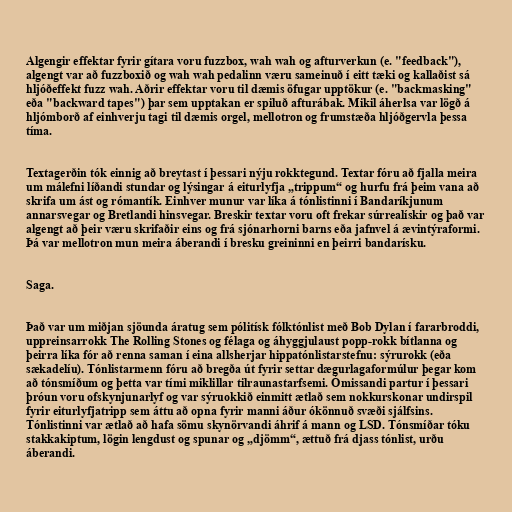
Algengir effektar fyrir gítara voru fuzzbox, wah wah og afturverkun (e. "feedback"),
algengt var að fuzzboxið og wah wah pedalinn væru sameinuð í eitt tæki og kallaðist sá
hljóðeffekt fuzz wah. Aðrir effektar voru til dæmis öfugar upptökur (e. "backmasking"
eða "backward tapes") þar sem upptakan er spiluð afturábak. Mikil áherlsa var lögð á
hljómborð af einhverju tagi til dæmis orgel, mellotron og frumstæða hljóðgervla þessa
tíma.

Textagerðin tók einnig að breytast í þessari nýju rokktegund. Textar fóru að fjalla meira
um málefni líðandi stundar og lýsingar á eiturlyfja „trippum“ og hurfu frá þeim vana að
skrifa um ást og rómantík. Einhver munur var líka á tónlistinni í Bandaríkjunum
annarsvegar og Bretlandi hinsvegar. Breskir textar voru oft frekar súrrealískir og það var
algengt að þeir væru skrifaðir eins og frá sjónarhorni barns eða jafnvel á ævintýraformi.
Þá var mellotron mun meira áberandi í bresku greininni en þeirri bandarísku.

Saga.

Það var um miðjan sjöunda áratug sem pólitísk fólktónlist með Bob Dylan í fararbroddi,
uppreinsarrokk The Rolling Stones og félaga og áhyggjulaust popp-rokk bítlanna og
þeirra líka fór að renna saman í eina allsherjar hippatónlistarstefnu: sýrurokk (eða
sækadelíu). Tónlistarmenn fóru að bregða út fyrir settar dægurlagaformúlur þegar kom
að tónsmíðum og þetta var tími miklillar tilraunastarfsemi. Ómissandi partur í þessari
þróun voru ofskynjunarlyf og var sýruokkið einmitt ætlað sem nokkurskonar undirspil
fyrir eiturlyfjatripp sem áttu að opna fyrir manni áður ókönnuð svæði sjálfsins.
Tónlistinni var ætlað að hafa sömu skynörvandi áhrif á mann og LSD. Tónsmíðar tóku
stakkakiptum, lögin lengdust og spunar og „djömm“, ættuð frá djass tónlist, urðu
áberandi.